65_HS1-834228961_62-HQ-83894_Section_4
Agency: FBI
Page 10
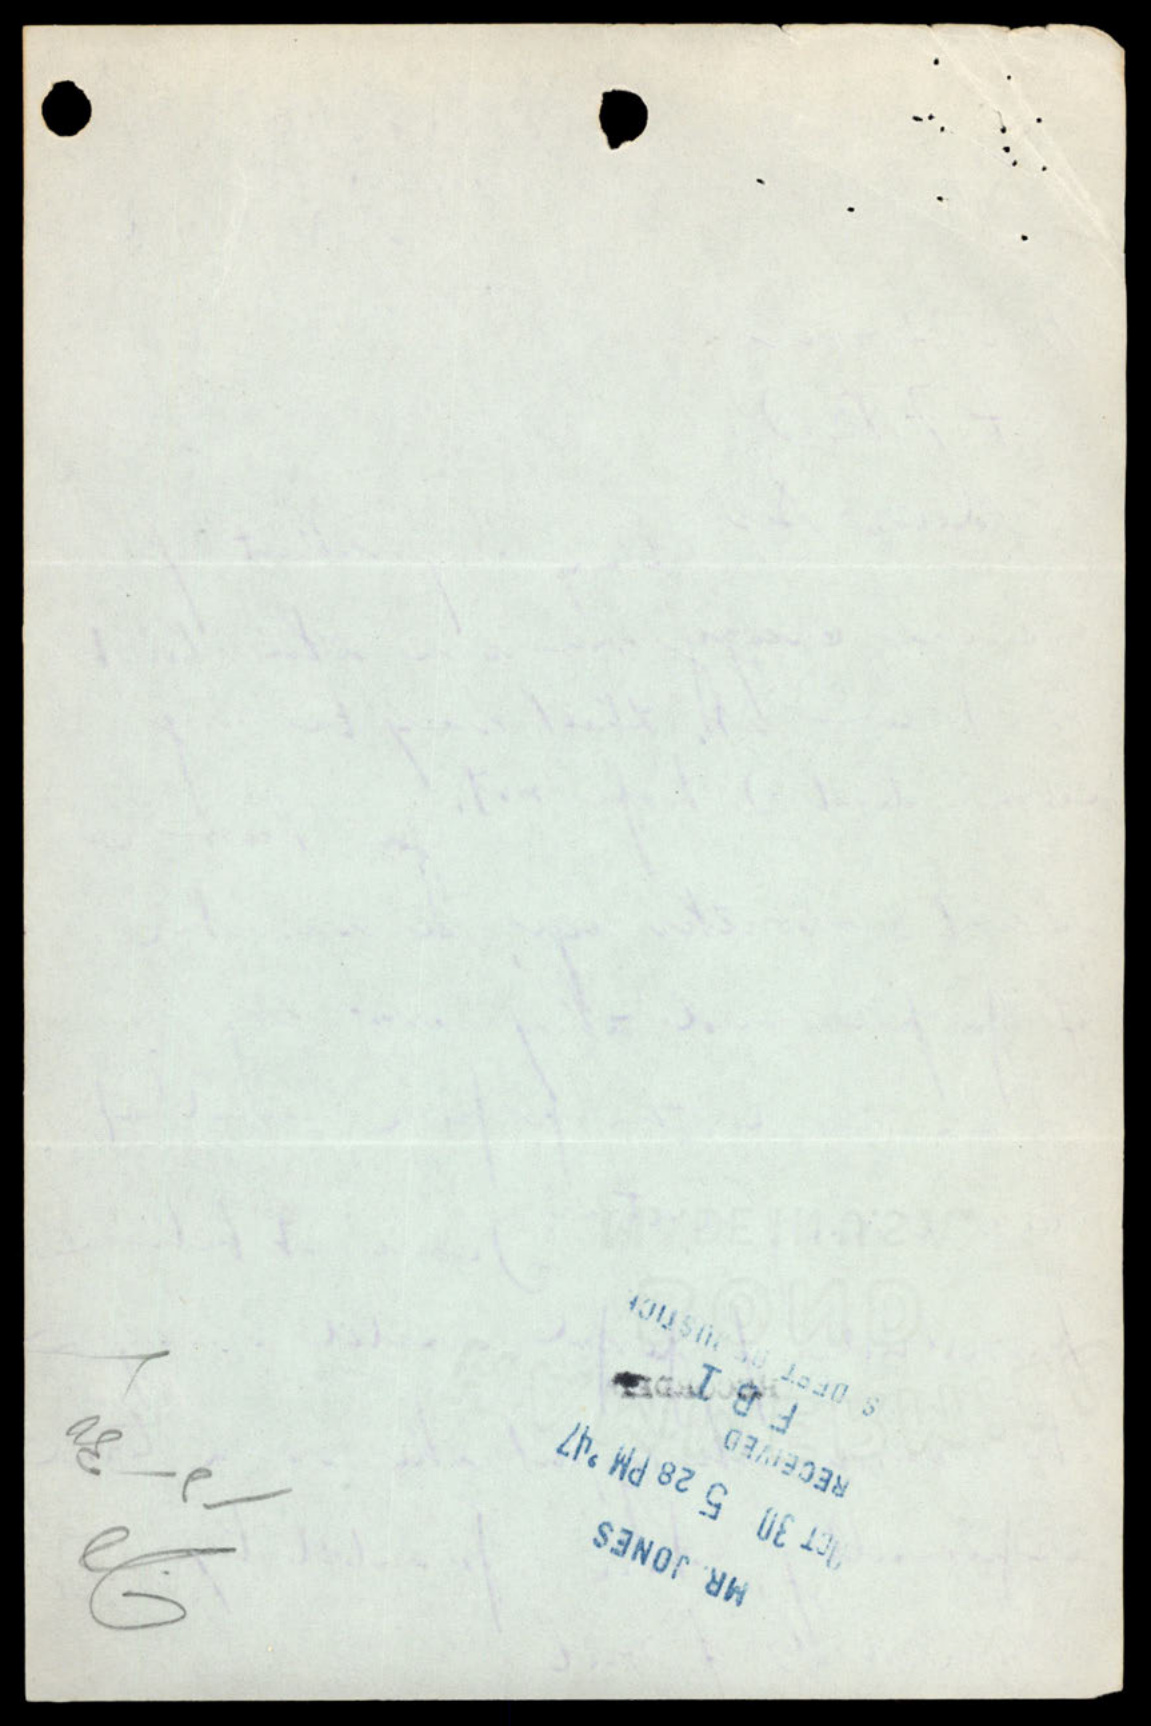